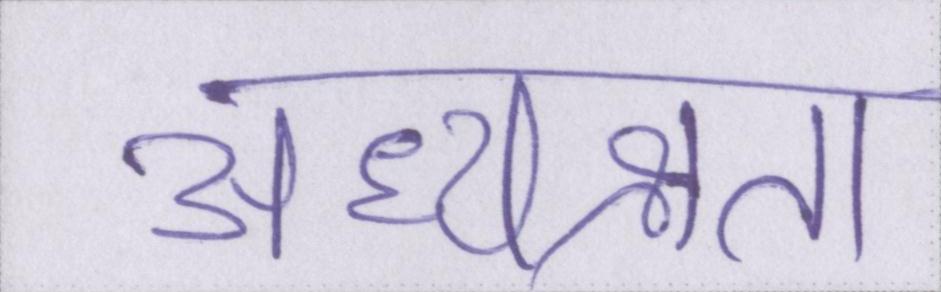
अध्यक्षता